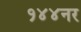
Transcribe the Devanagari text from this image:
१४४नर